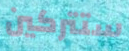
ستتركين